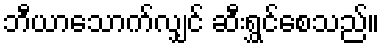
ဘီယာသောက်လျှင် ဆီးရွှင်စေသည်။